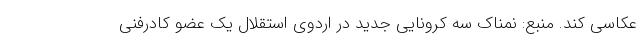
عکاسی کند. منبع: نمناک سه کرونایی جدید در اردوی استقلال یک عضو کادرفنی